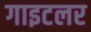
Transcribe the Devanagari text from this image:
गाइटलर